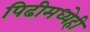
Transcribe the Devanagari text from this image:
पिढीमध्येही